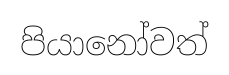
පියානෝවත්